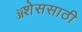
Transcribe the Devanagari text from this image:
ॲशेससाठी